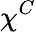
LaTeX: \chi^{C}